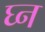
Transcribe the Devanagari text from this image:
घ्न